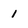
Character: 1